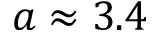
a \approx 3 . 4